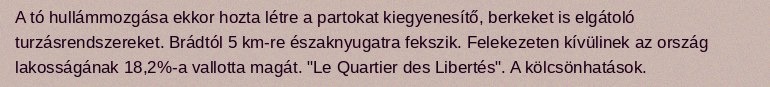
A tó hullámmozgása ekkor hozta létre a partokat kiegyenesítő, berkeket is elgátoló turzásrendszereket. Brádtól 5 km-re északnyugatra fekszik. Felekezeten kívülinek az ország lakosságának 18,2%-a vallotta magát. "Le Quartier des Libertés". A kölcsönhatások.